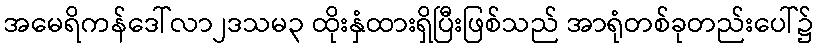
အမေရိကန်ဒေါ်လာ၂ဒသမ၃ ထိုးနှံထားရှိပြီးဖြစ်သည် အာရုံတစ်ခုတည်းပေါ်၌